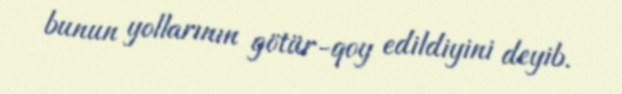
bunun yollarının götür-qoy edildiyini deyib.